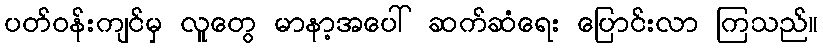
ပတ်ဝန်းကျင်မှ လူတွေ မာနာ့အပေါ် ဆက်ဆံရေး ပြောင်းလာ ကြသည်။